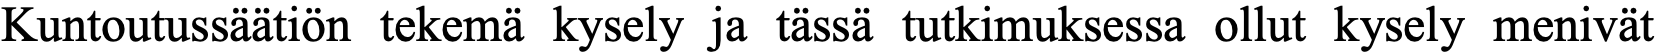
Kuntoutussäätiön tekemä kysely ja tässä tutkimuksessa ollut kysely menivät